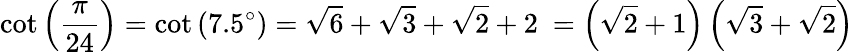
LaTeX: \cot\left({\frac{\pi}{24}}\right)=\cot\left(7.5^{\circ}\right)={\sqrt{6}}+{\sqrt{3}}+{\sqrt{2}}+2\ =\left({\sqrt{2}}+1\right)\left({\sqrt{3}}+{\sqrt{2}}\right)